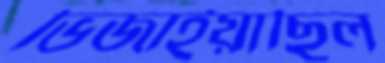
ভিজাইয়াছিল